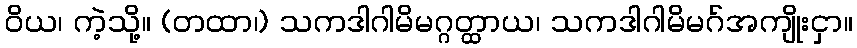
ဝိယ၊ ကဲ့သို့။ (တထာ၊) သကဒါဂါမိမဂ္ဂတ္ထာယ၊ သကဒါဂါမိမဂ်အကျိုးငှာ။